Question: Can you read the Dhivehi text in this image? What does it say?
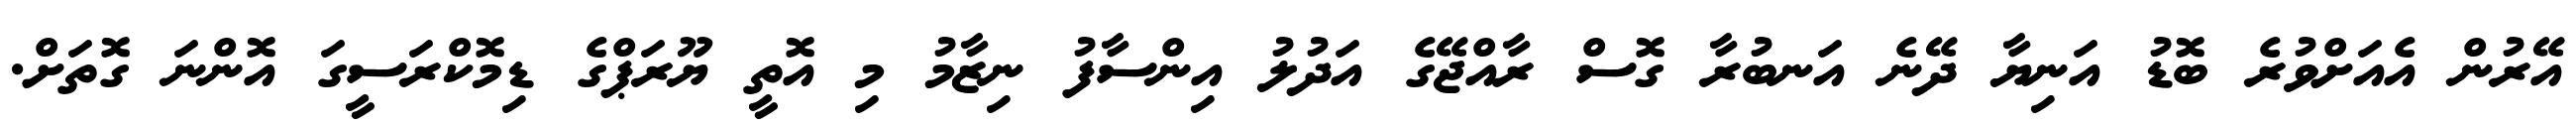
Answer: އޭރުން އެއަށްވުރެ ބޮޑު އަނިޔާ ދޭނެ އަނބުރާ ގޮސް ރާއްޖޭގެ އަދުލު އިންސާފު ނިޒާމު މި އޮތީ ޔޫރަޕްގެ ޑިމޮކްރަސީގަ އޮންނަ ގޮތަށް.